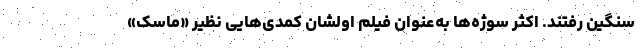
سنگین رفتند. اکثر سوژه‌ها به‌عنوان فیلم اولشان کمدی‌هایی نظیر «ماسک»